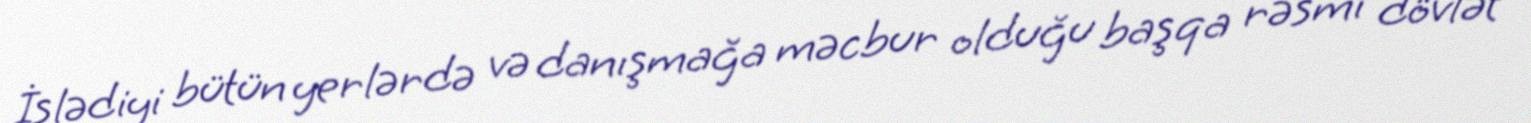
İşlədiyi bütün yerlərdə və danışmağa məcbur olduğu başqa rəsmi dövlət